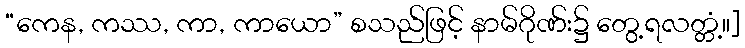
“ကေန, ကဿ, ကာ, ကာယော” စသည်ဖြင့် နာမ်ဂိုဏ်း၌ တွေ့ရလတ္တံ့။]